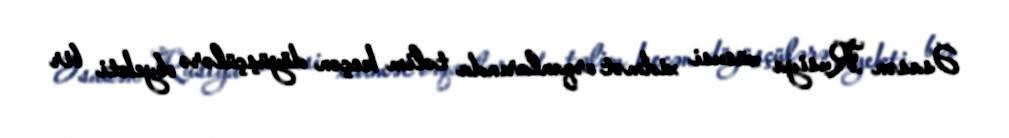
Əsasən Rusiya xüsusi xidmət orqanlarında təlim keçən döyüşçülərə obyekti bir